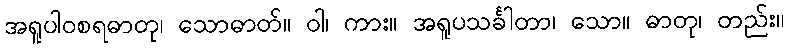
အရူပါဝစရဓာတု၊ သောဓာတ်။ ဝါ၊ ကား။ အရူပသင်္ခါတာ၊ သော။ ဓာတု၊ တည်း။